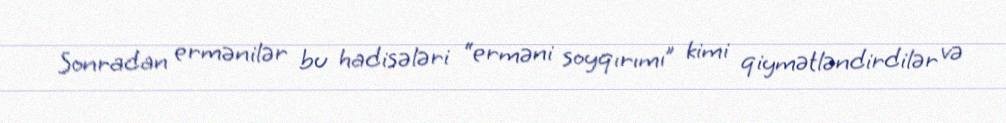
Sonradan ermənilər bu hadisələri “erməni soyqırımı” kimi qiymətləndirdilər və